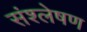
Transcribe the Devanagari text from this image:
संश्‍लेषण